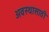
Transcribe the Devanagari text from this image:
अवस्थासाठी